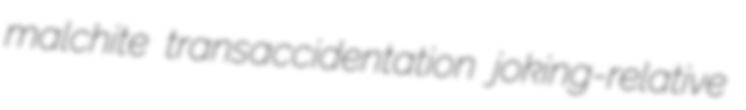
malchite transaccidentation joking-relative